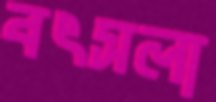
বৎসলা